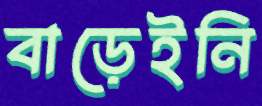
বাড়েইনি